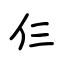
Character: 仨